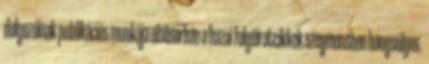
dolgozóinak publikációs munkája elsősorban a hazai folyóiratcikkek szegmensben hangsúlyos.